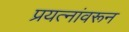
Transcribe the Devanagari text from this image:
प्रयत्‍नांवरून